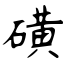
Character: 磺